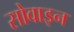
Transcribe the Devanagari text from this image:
सोवाइन